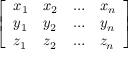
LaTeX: \left[ \begin{array} { l l l l } { x _ { 1 } } & { x _ { 2 } } & { \dots } & { x _ { n } } \\ { y _ { 1 } } & { y _ { 2 } } & { \dots } & { y _ { n } } \\ { z _ { 1 } } & { z _ { 2 } } & { \dots } & { z _ { n } } \end{array} \right]